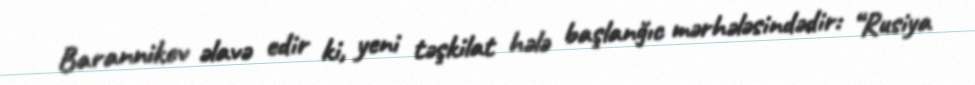
Barannikov əlavə edir ki, yeni təşkilat hələ başlanğıc mərhələsindədir: “Rusiya